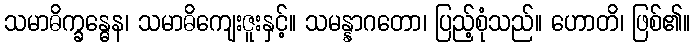
သမာဓိက္ခန္ဓေန၊ သမာဓိကျေးဇူးနှင့်။ သမန္နာဂတော၊ ပြည့်စုံသည်။ ဟောတိ၊ ဖြစ်၏။